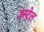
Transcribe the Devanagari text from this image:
इस्टेल